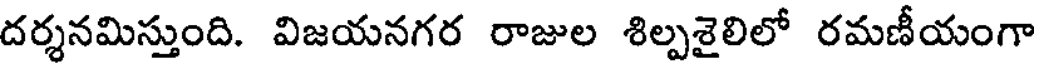
దర్శనమిస్తుంది. విజయనగర రాజుల శిల్పశైలిలో రమణీయంగా